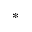
^ *